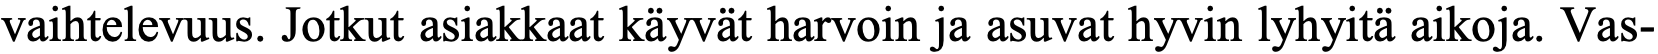
vaihtelevuus. Jotkut asiakkaat käyvät harvoin ja asuvat hyvin lyhyitä aikoja. Vas-